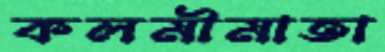
কলমীমাতা